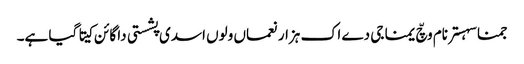
جمنا سہستر نام وچّ یمنا جی دے اک ہزار نعماں ولوں اسدی پشستی دا گائن کیتا گیا ہے۔